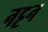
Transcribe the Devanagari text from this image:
नट्टन